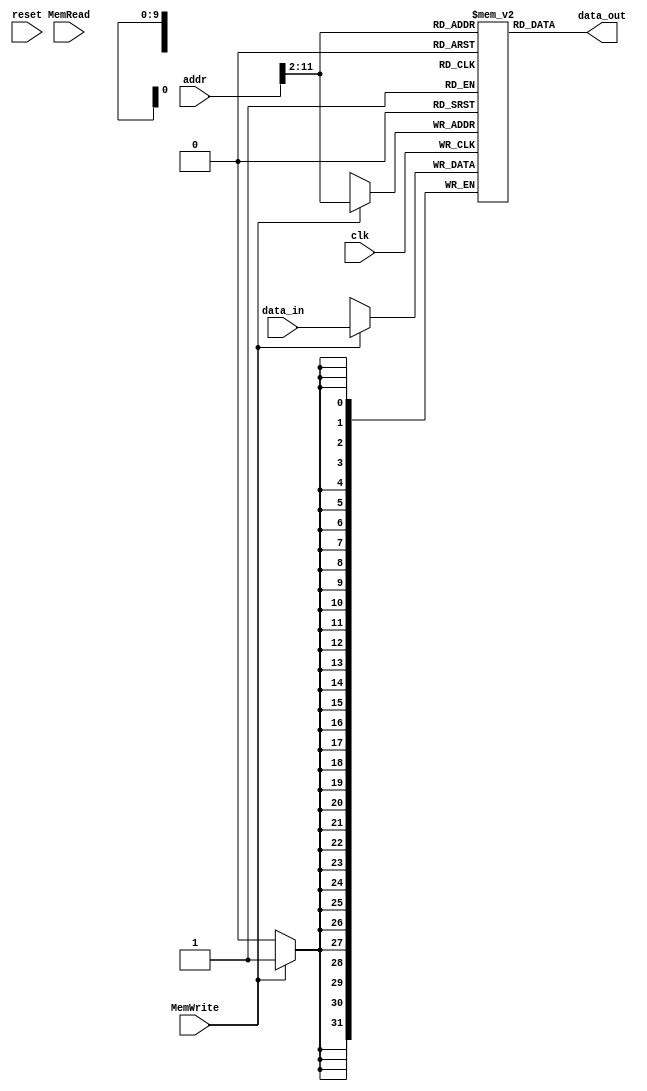
module dm(
    input [31:0] addr,
    input [31:0] data_in,
    input MemWrite,
    input MemRead,
    input clk,
    input reset,
    output [31:0] data_out
    );
	 
reg [31:0] DMem[1023:0];
	
 always@(posedge clk)
	begin
		if(MemWrite)
			 DMem[addr[11:2]] <= data_in;
			 $display("addr=%8X",addr);//addr to DM
       			 $display("din=%8X",data_in);//data to DM
       			 $display("Mem[00-07]=%8X, %8X, %8X, %8X, %8X, %8X, %8X, %8X",DMem[0],DMem[1],DMem[2],DMem[3],DMem[4],DMem[5],DMem[6],DMem[7]);
	end	
	
 	  assign data_out = DMem[addr[11:2]];

endmodule